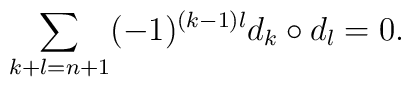
\sum_{k+l=n+1}(-1)^{(k-1)l}d_k\circ d_l=0.